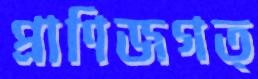
প্রাণিজগত্